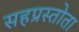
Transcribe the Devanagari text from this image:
सहप्रस्तोता